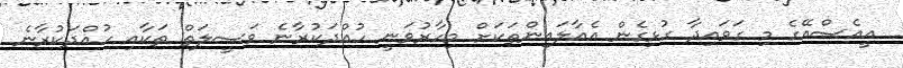
އީއެސްއޭގެ މި ގަވައިދާ ގުޅިގެން އެއާލައިންތަކަށް މިހާރުވަނީ ހުއްދަކުރާނެ ވަސީލަތް ތަކާއި ހުއްދަކުރާނެ